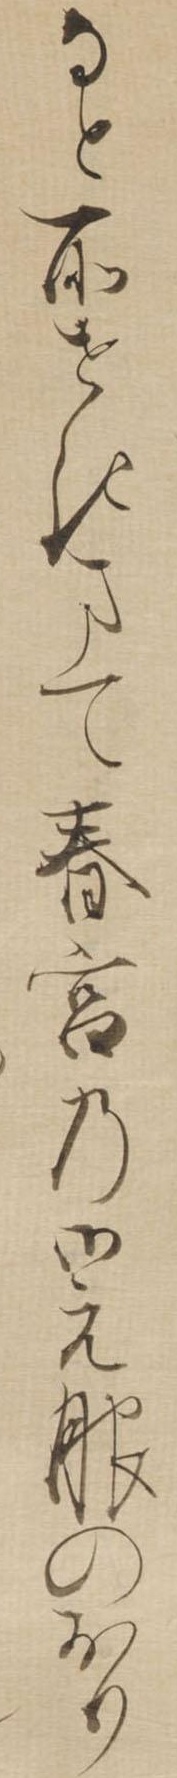
なと所せきまて春宮の御元服のおり